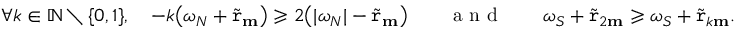
\forall k \in \mathbb { N } \setminus \{ 0 , 1 \} , \quad - k \big ( \omega _ { N } + \widetilde { \mathtt { r } } _ { \mathbf { m } } \big ) \geqslant 2 \big ( | \omega _ { N } | - \widetilde { \mathtt { r } } _ { \mathbf { m } } \big ) \qquad \textnormal { a n d } \qquad \omega _ { S } + \widetilde { \mathtt { r } } _ { 2 \mathbf { m } } \geqslant \omega _ { S } + \widetilde { \mathtt { r } } _ { k \mathbf { m } } .